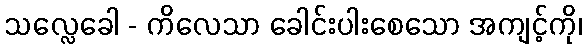
သလ္လေခေါ - ကိလေသာ ခေါင်းပါးစေသော အကျင့်ကို၊